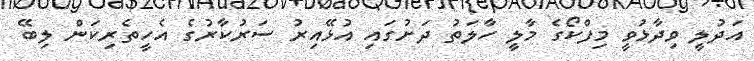
އަދުލީ ވިދާޅުވީ މިފްކޯގެ މާލީ ހާލަތު ދަށުގައި އުޅޭއިރު ސަރުކާރުގެ އެހީތެރިކަން ލިބޭ